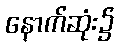
နောက်ဆုံး၌